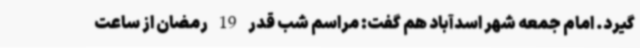
گیرد. امام جمعه شهر اسدآباد هم گفت: مراسم شب قدر 19 رمضان از ساعت